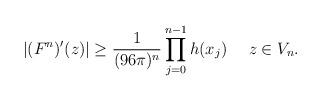
LaTeX: \begin{align*}|(F^n)'(z)|\geq \frac{1}{(96\pi)^n} \prod_{j=0}^{n-1}h(x_j)\quad\ z\in V_n.\end{align*}